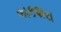
અકશરા